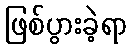
ဖြစ်ပွားခဲ့ရာ